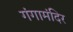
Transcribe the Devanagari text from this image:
गंगामंदिर